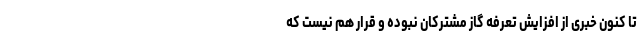
تا کنون خبری از افزایش تعرفه گاز مشترکان نبوده و قرار هم نیست که